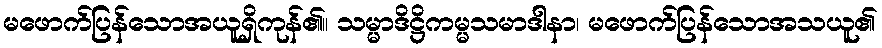
မဖောက်ပြန်သောအယူရှိကုန်၏။ သမ္မာဒိဋ္ဌိကမ္မသမာဒါနာ၊ မဖောက်ပြန်သောအသယူ၏